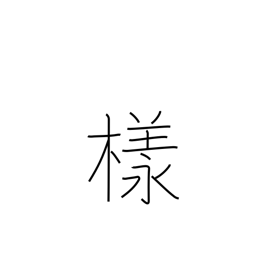
Meaning: Esq.